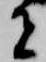
者